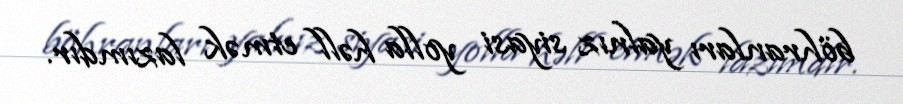
böhranları yalnız siyasi yolla həll etmək lazımdır.